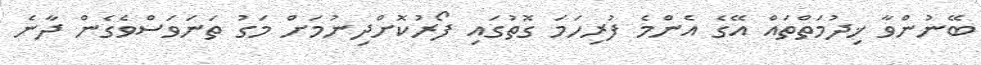
ބޭނުންވާ ޚިދުމަތްތައް އޭގެ އެންމެ ފުރިހަމަ ގޮތުގައި ފޯރުކޮށްދިނުމަށް މަގު ތަނަވަސްވެގެން ދާނެ